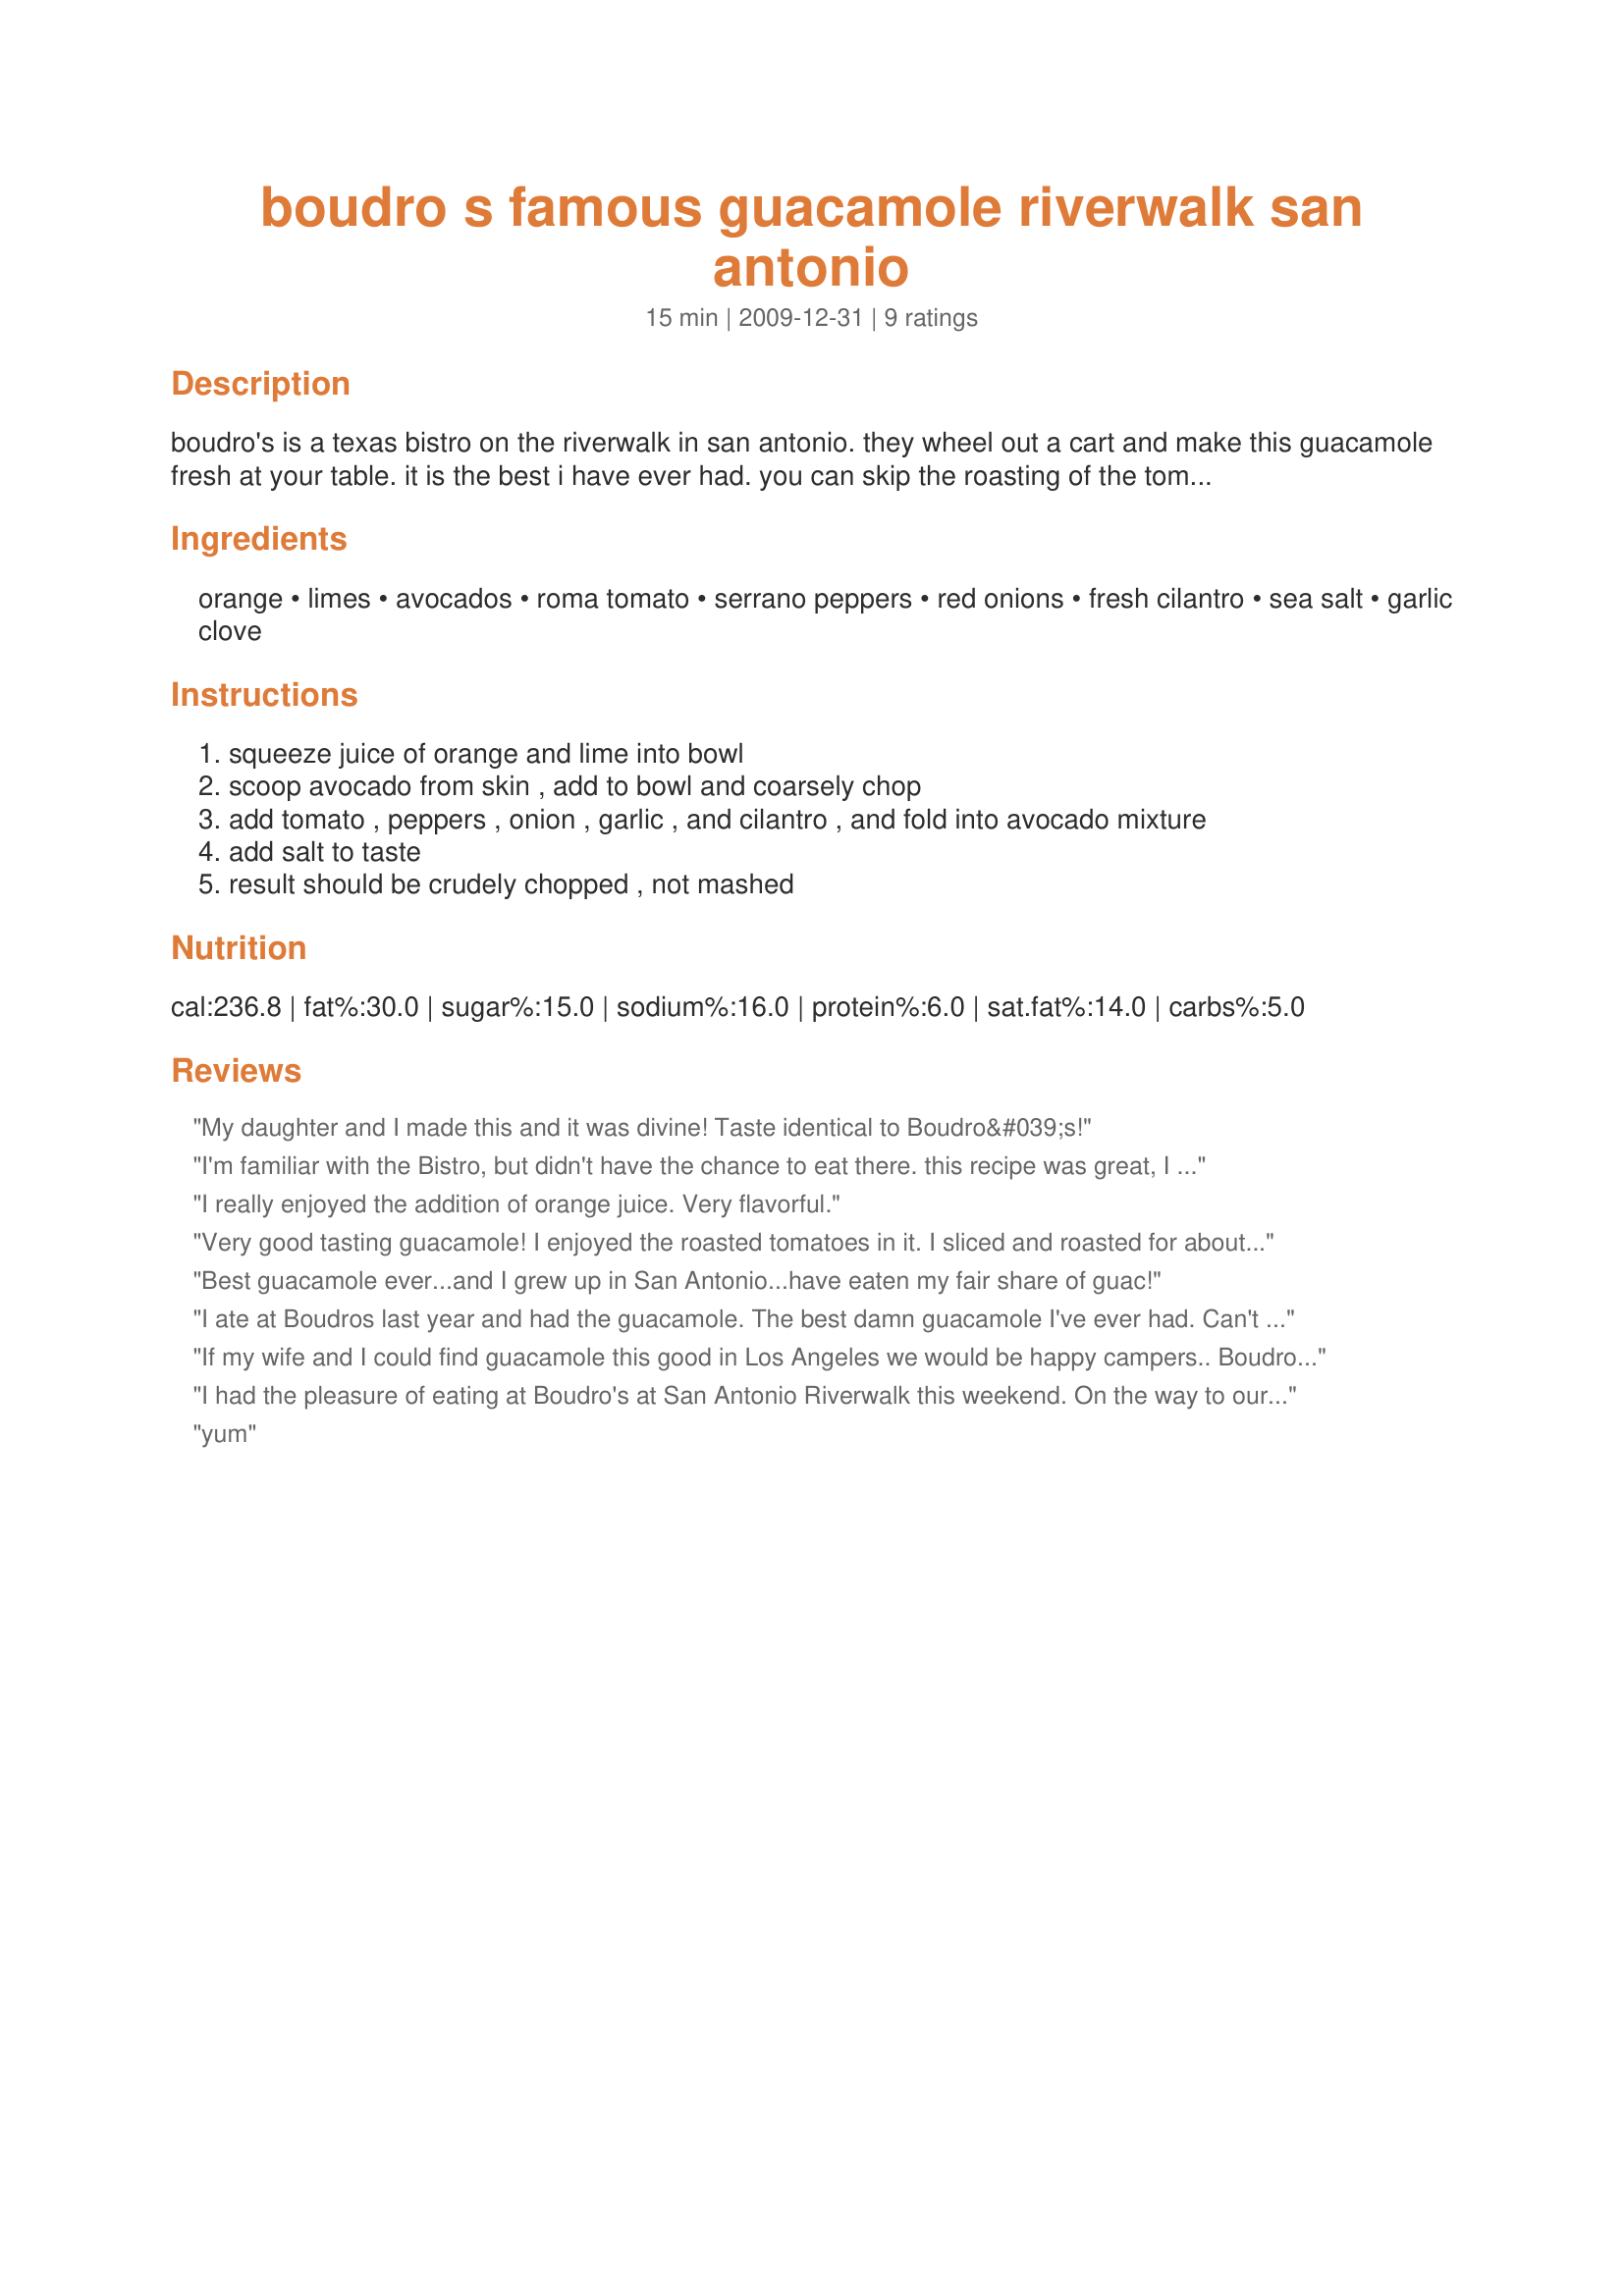
boudro s famous guacamole riverwalk san antonio
Preparation time: 15 minutes

boudro's is a texas bistro on the riverwalk in san antonio. they wheel out a cart and make this guacamole fresh at your table. it is the best i have ever had. you can skip the roasting of the tomato and peppers if you would like to save time and it still tastes great. i also seem to remember them adding chopped garlic when we were there because i think the waitor joked about it, but it was not listed in the recipe...i always add a couple of cloves.

Ingredients:
orange, limes, avocados, roma tomato, serrano peppers, red onions, fresh cilantro, sea salt, garlic clove

Steps:
squeeze juice of orange and lime into bowl
scoop avocado from skin , add to bowl and coarsely chop
add tomato , peppers , onion , garlic , and cilantro , and fold into avocado mixture
add salt to taste
result should be crudely chopped , not mashed

Reviews:
My daughter and I made this and it was divine! Taste identical to Boudro&#039;s!
I'm familiar with the Bistro, but didn't have the chance to eat there. this recipe was great, I think the orange and use of sea salt really made a difference.
I really enjoyed the addition of orange juice. Very flavorful.
Very good tasting guacamole! I enjoyed the roasted tomatoes in it. I sliced and roasted for about 15 minutes, turning once. I don't like too much heat, so used 1/4 jalapeno. Thanks! Made for the Photo forum 2 for 1 event.
Best guacamole ever...and I grew up in San Antonio...have eaten my fair share of guac!
I ate at Boudros last year and had the guacamole. The best damn guacamole I've ever had. Can't wait to try to make it!
If my wife and I could find guacamole this good in Los Angeles we would be happy campers.. Boudro&#039;s was one of the high points of our San Antonio visit.
I had the pleasure of eating at Boudro's at San Antonio Riverwalk this weekend. On the way to our table to be seated I spied a waiter making tableside guacamole. The cart had oranges on it. Well, my curiosity was piqued so, of course, I ordered Boudro's Tableside Guacamole. As others have stated before me, it is the BEST guacamole I've tasted. I am trying to replicate it today at my home. You can imagine how pleased I was to find this recipe on Genius Kitchen!
yum
